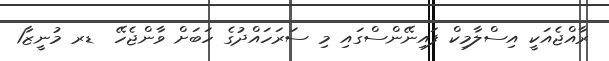
ރާއްޖެއަކީ އިސްލާމިކް ފައިނޭންސްގައި މި ސަރަހައްދުގެ ހަބަށް ވާންޖެހޭ  ޑރ މުނީޒާ1